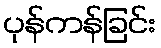
ပုန်ကန်ခြင်း